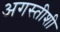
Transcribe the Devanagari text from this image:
अगस्तीशी